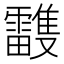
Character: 𩁦